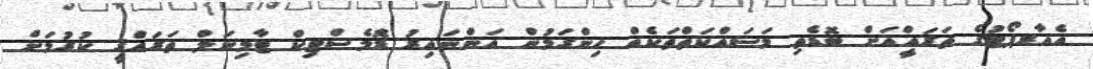
އެއާރޕޯޓުގެ ތަރައްްީއަށް ބޮޑެތި މަސައްކަތްތަކެއް ހިންގަމުން އަންނައިރު ޑޮެމެސްޓިކް ޓާމިނަލް ތަރައްޤީ ކުރުމަށް